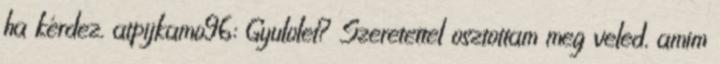
ha kérdez. atpijkamo96: Gyulolet? Szeretettel osztottam meg veled, amim